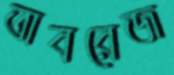
তাবরেজ